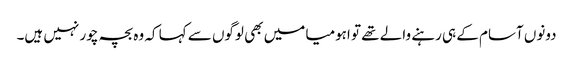
دونوں آسام کے ہی رہنے والے تھے تو اہومیا میں بھی لوگوں سے کہا کہ وہ بچہ چور نہیں ہیں۔